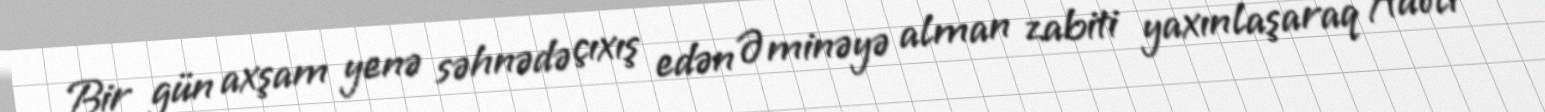
Bir gün axşam yenə səhnədə çıxış edən Əminəyə alman zabiti yaxınlaşaraq Adolf